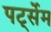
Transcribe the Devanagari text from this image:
पर्ट्सेम